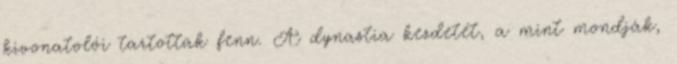
kivonatolói tartottak fenn. A dynastia kezdetét, a mint mondják,